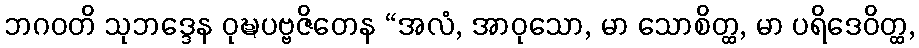
ဘဂဝတိ သုဘဒ္ဒေန ဝုဍ္ဎပဗ္ဗဇိတေန “အလံ, အာဝုသော, မာ သောစိတ္ထ, မာ ပရိဒေဝိတ္ထ,